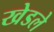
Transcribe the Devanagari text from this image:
खेडले